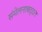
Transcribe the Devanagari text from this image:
संमेलनाबद्दल